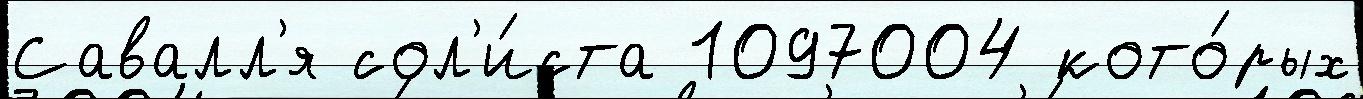
Савалл'я сол'и́ста 1097004 кото́рых